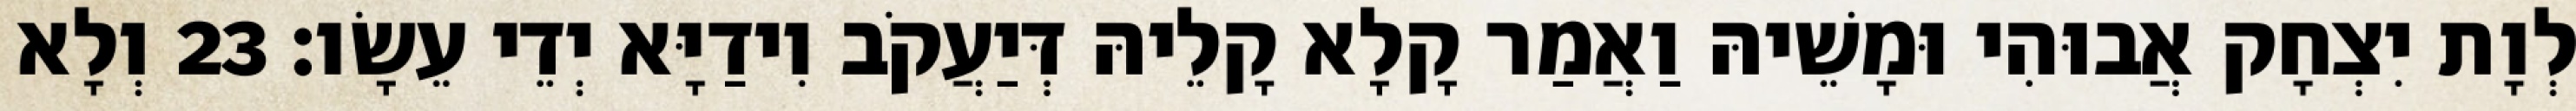
לְוָת יִצְחָק אֲבוּהִי וּמָשֵׁיהּ וַאֲמַר קָלָא קָלֵיהּ דְּיַעֲקֹב וִידַיָּא יְדֵי עֵשָׂו׃ 23 וְלָא